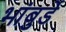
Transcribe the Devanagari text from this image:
भांबुर्डे